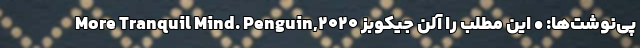
More Tranquil Mind. Penguin,2020 پی‌نوشت‌ها: • این مطلب را آلن جیکوبز